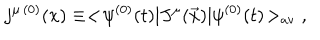
j ^ { \mu \, ( 0 ) } ( x ) \equiv < \! \psi ^ { ( 0 ) } ( t ) | J ^ { \mu } ( \vec { x } ) | \psi ^ { ( 0 ) } ( t ) \! > _ { \mathrm { a v } } \; ,